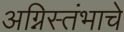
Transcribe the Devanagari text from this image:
अग्निस्तंभाचे